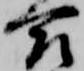
合